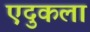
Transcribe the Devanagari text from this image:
एदुकला